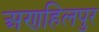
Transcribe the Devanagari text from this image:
अणहिलपुर